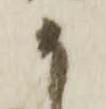
か